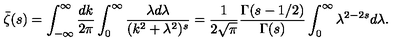
\bar { \zeta } ( s ) = \int _ { - \infty } ^ { \infty } \frac { d k } { 2 \pi } \int _ { 0 } ^ { \infty } \frac { \lambda d \lambda } { ( k ^ { 2 } + \lambda ^ { 2 } ) ^ { s } } = \frac { 1 } { 2 \sqrt { \pi } } \frac { \Gamma ( s - 1 / 2 ) } { \Gamma ( s ) } \int _ { 0 } ^ { \infty } \lambda ^ { 2 - 2 s } d \lambda { . }